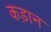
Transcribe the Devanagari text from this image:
कड़ान